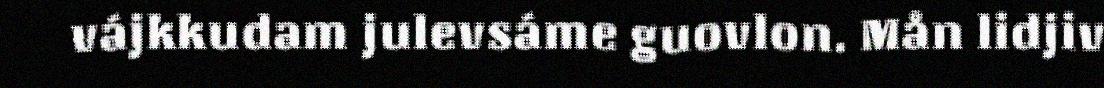
vájkkudam julevsáme guovlon. Mån lidjiv